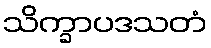
သိက္ခာပဒသတံ